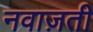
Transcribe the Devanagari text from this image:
नवाज़ती